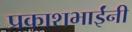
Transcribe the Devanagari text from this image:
प्रकाशभाईंनी